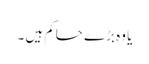
یا وہ بڑے حاکم ہیں ۔